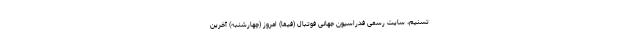
تسنیم، سایت رسمی فدراسیون جهانی فوتبال (فیفا) امروز (چهارشنبه) آخرین